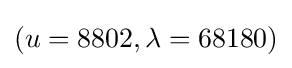
(u=8802,\lambda =68180)